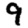
Digit: 9